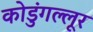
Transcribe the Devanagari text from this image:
कोडुंगल्लूर